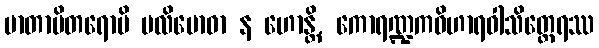
မာတာပိတရောပိ ပလိဗောဓာ န ဟောန္တိ, ကောရဏ္ဍကဝိဟာရဝါသိတ္ထေရဿ